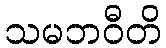
သမဘဝီတိ